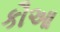
કૌઆ